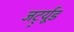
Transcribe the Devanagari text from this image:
जर्ट्र्यूड